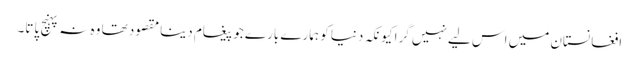
افغانستان میں اس لیے نہیں گرا کیونکہ دنیا کو ہمارے بارے جو پیغام دینا مقصود تھا وہ نہ پہنچ پاتا۔